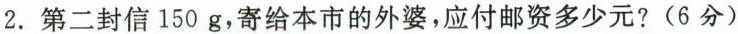
2.第二封信150g，寄给本市的外婆，应付邮资多少元?(6分)